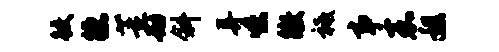
鲛德董劫斜弄味徵祗事嘉程